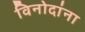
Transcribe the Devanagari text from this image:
विनोदांना